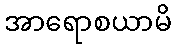
အာရောစယာမိ